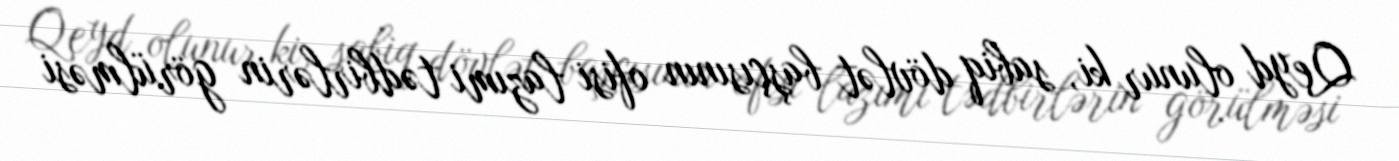
Qeyd olunur ki, sabiq dövlət başçısının ofisi lazımi tədbirlərin görülməsi